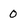
Character: 0